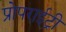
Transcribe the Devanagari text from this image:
प्रोपराईट्री